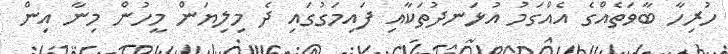
ހުރިހާ ބާވަތެއްގެ އެއްގަމު އުޅަނދުތަކާއި ފައިމަގުގައި ދެ މިލިޔަން މީހުން މިނާ އިން